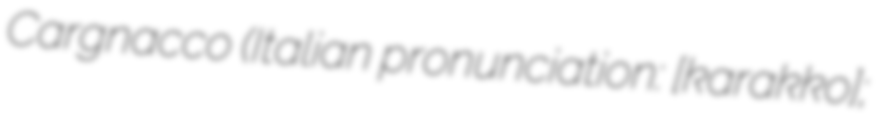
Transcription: Cargnacco (Italian pronunciation: [karˈɲakko];